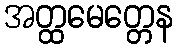
အတ္ထမေတ္တေန